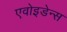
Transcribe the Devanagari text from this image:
एवोइडेन्स